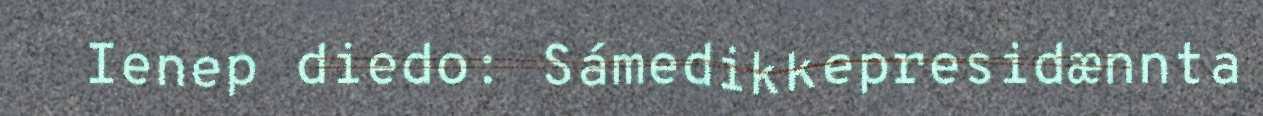
Ienep diedo: Sámedikkepresidænnta